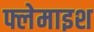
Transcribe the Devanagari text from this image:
फ्लेमाइश